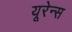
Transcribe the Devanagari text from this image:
यूरेन्स